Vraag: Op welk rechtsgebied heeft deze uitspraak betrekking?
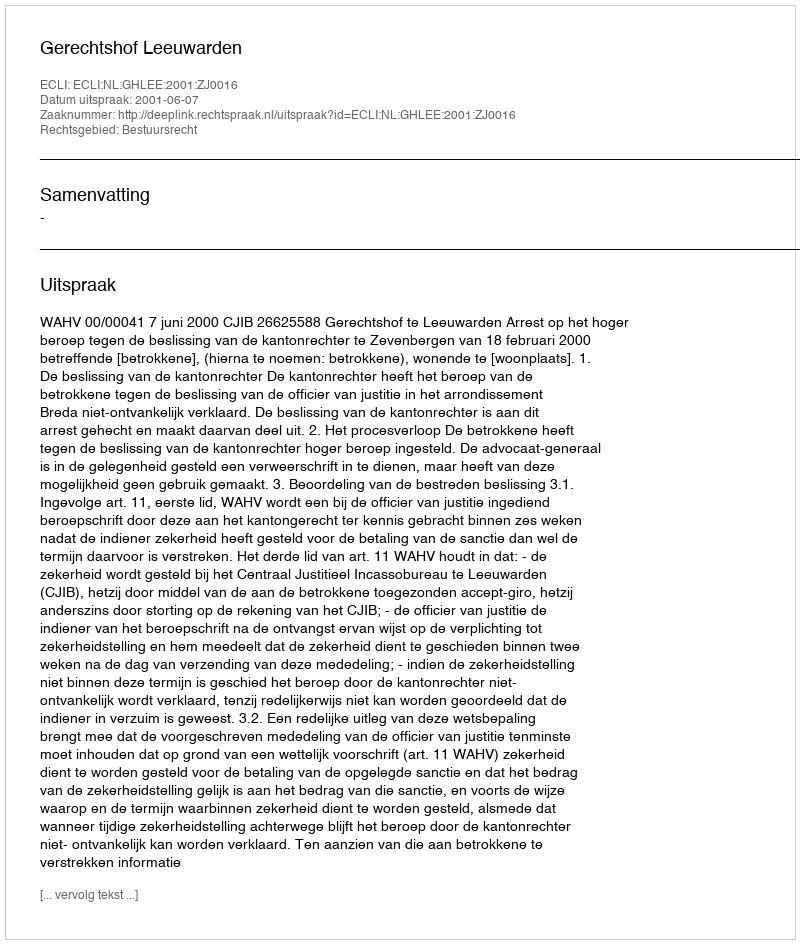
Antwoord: Bestuursrecht